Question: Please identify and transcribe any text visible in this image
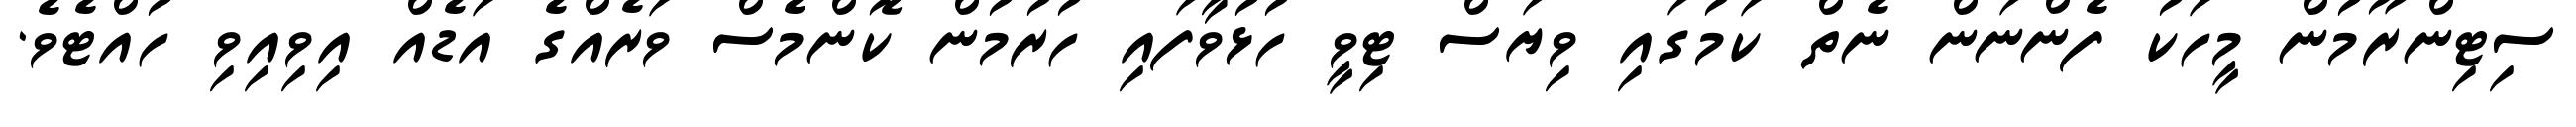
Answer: ސިޓިންރޫމުން މީހަކު ފެންނަން ނެތް ކަމުގައި ވިޔަސް ޓިވީ ހުޅުވާފައި ހުރުމުން ކޮންމެސް ވަރެއްގެ އަޑެއް އިވިއިވި ހުއްޓެވެ.